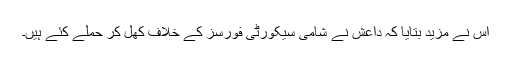
اس نے مزید بتایا کہ داعش نے شامی سیکورٹی فورسز کے خلاف کھل کر حملے کئے ہیں۔